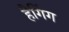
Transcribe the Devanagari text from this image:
हैगिंग